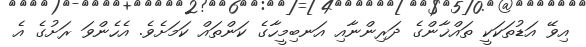
އިވޭ އަޑުތަކަކީ ތައްޚާންގެ ދަރިންނާއި އަނބިމީހާގެ ކަންތައް ކަމަށެވެ. އެހެންވަ ރަށުގެ އެ